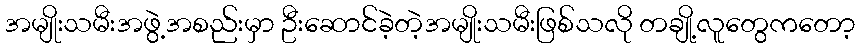
အမျိုးသမီးအဖွဲ့အစည်းမှာ ဦးဆောင်ခဲ့တဲ့အမျိုးသမီးဖြစ်သလို တချို့လူတွေကတော့